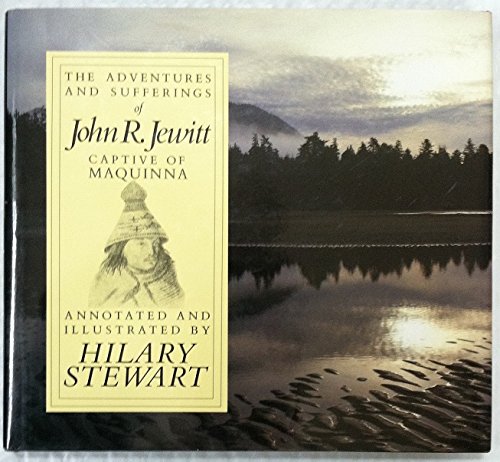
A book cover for The Adventures and Sufferings of John R. Jewitt: Captive of Maquinna; John Rodgers Jewitt; Biographies & Memoirs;